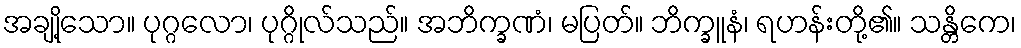
အချို့သော။ ပုဂ္ဂလော၊ ပုဂ္ဂိုလ်သည်။ အဘိက္ခဏံ၊ မပြတ်။ ဘိက္ခူနံ၊ ရဟန်းတို့၏။ သန္တိကေ၊